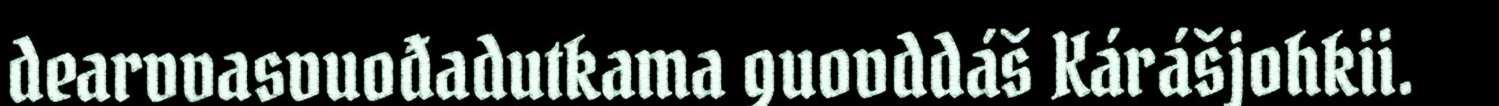
dearvvasvuođadutkama guovddáš Kárášjohkii.